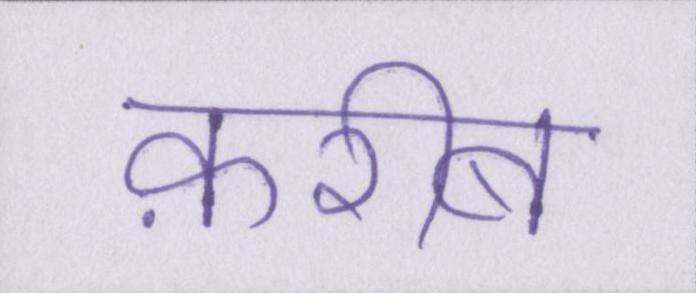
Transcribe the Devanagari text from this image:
क़रीब